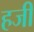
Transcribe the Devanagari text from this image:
हजीं